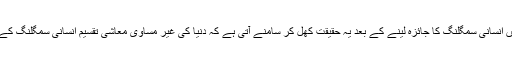
بین الاقوامی تناظر میں انسانی سمگلنگ کا جائزہ لینے کے بعد یہ حقیقت کھل کر سامنے آتی ہے کہ دنیا کی غیر مساوی معاشی تقسیم انسانی سمگلنگ کے فروغ کا باعث ہے ۔